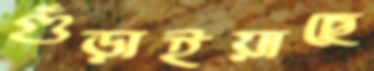
গুঁড়াইয়াছে